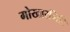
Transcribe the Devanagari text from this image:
गोखारगिरि